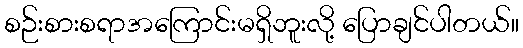
စဉ်းစားစရာအကြောင်းမရှိဘူးလို့ ပြောချင်ပါတယ်။